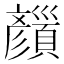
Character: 𩕝